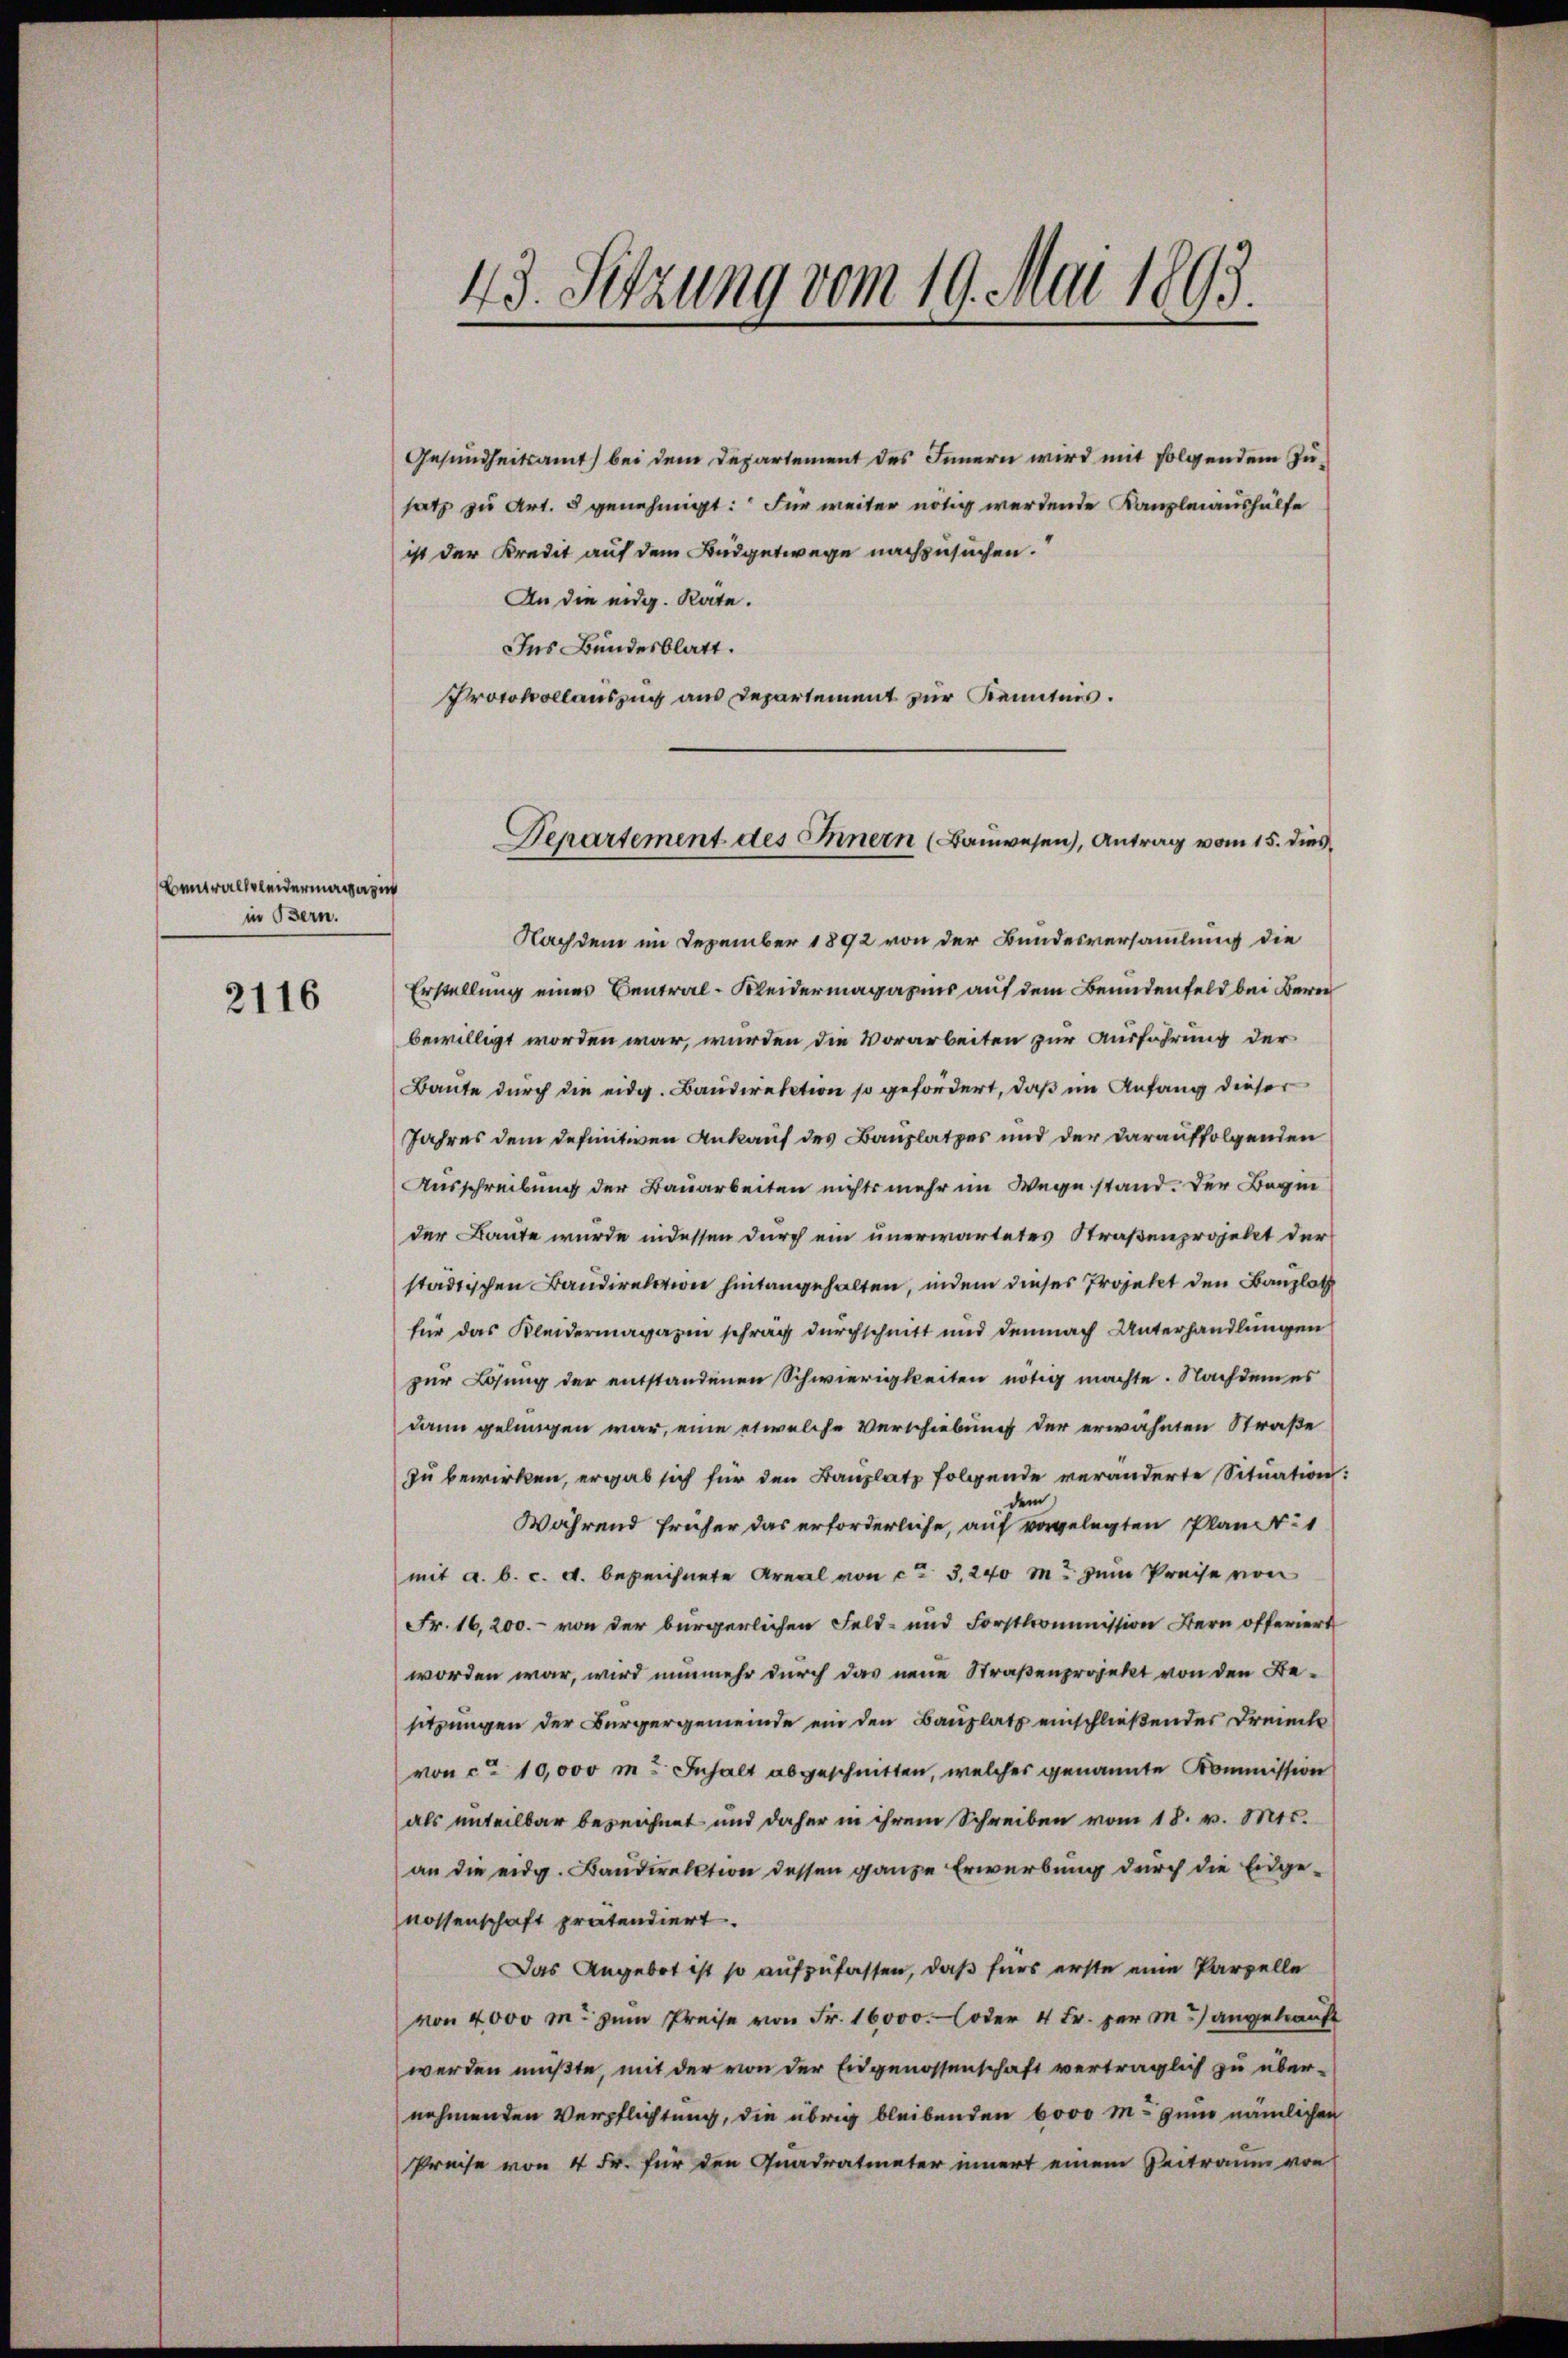
Bantralsleidermagazi
in Bern.

2116

43. Setzung vom 19. Mai 1893.

Gesundheitsamt bei dem Departement des Innern wird mit folgendem Zusatz zu Art. 5 genehmigt: Für weiter nötig werdende Kanzleiaushülfe
ist der Kredit auf dem Budgetwege nachzusuchen.
An die eidg. Rate.
Ins Bundesblatt.
Protokollauszug aus Departement zur Kenntnis.

Nachdem im Dezember 1892 von der Bundesversammlung die
Erstellung eines Central-Kleidermagazins auf dem Beundenfeld bei Bere
bewilligt worden war, wurden die Vorarbeiten zur Ausführung der
Baute durch die eidg. Baudirektion so gefordert, daß im Anfang dieser
Jahres dem definitiven Ankauf des Bauplatzes und der darauffolgenden
Ausschreibung der Bauarbeiten nichts mehr im Wege stand. Der Begin
der Baute wurde indessen durch ein unerwartetes Straßenprojekt der
städtischen Bandirektion hintangehalten, indem dieses Projekt den Bauplatz
für das Kleidermagazin schrag durchschnitt und demnach Unterhandlungen
zur Lösung der entstandenen Schwierigkeiten nötig machte. Nachdem es
dann gelungen war, eine etwelche Verschiebung der erwähnten Straße
zu bewirken, ergab sich für den Bauplatz folgende veränderte Situation:
de
Während früher das erforderliche, auf vorgelegten Plant: 1
mit a. b. c. A. bezeichnete Areal von ca 3. 240 m zum Preise von
Fr. 16,200.- von der bürgerlichen Feld- und Forstkommission Bern offeriert
worden war, wird nunmehr durch das neue Straßenprojekt von den Besitzungen der Bürgergemeinde ein den Bauplatz einschließender Dreiecke
von ca 10,000 m. Inhalt abgeschnitten, welcher genannte Kommission
als unteilbar bezeichnet und daher in ihrem Schreiben vom 18. v. Mts.
an die eidg. Baŭdirektion dessen ganze Erwerbung durch die Eidge-
nossenschaft pratendiert.
Das Angebot ist so aufzufassen, daß fürs erste eine Parzelle
von 4000 m. zum Preise von Fr. 16000. oder 4 Fr. per m.) angebraucht
werden müßte, mit der von der Eidgenossenschaft verträglich zu über-
nehmenden Verpflichtung, die übrig bleibenden 6000 M. zum nämlichen
Preise von 4 Fr. für den Quadratmeter innert einem Zeitraum von

Departement des Innern (Baŭwesen), Antrag vom 15. dies